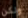
ولكن